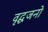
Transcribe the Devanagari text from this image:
वृद्धजनो